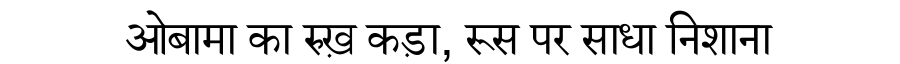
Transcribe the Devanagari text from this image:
ओबामा का रुख़ कड़ा, रूस पर साधा निशाना